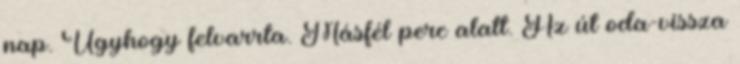
nap. Úgyhogy felvarrta. Másfél perc alatt. Az út oda-vissza